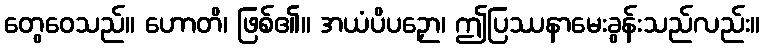
တွေဝေသည်။ ဟောတိ၊ ဖြစ်၏။ အယံပိပဉှော၊ ဤပြဿနာမေးခွန်းသည်လည်း။